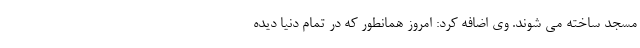
مسجد ساخته می شوند. وی اضافه کرد: امروز همانطور که در تمام دنیا دیده